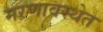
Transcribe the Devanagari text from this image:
मरणावस्थेत